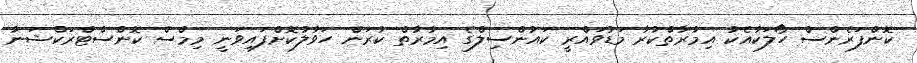
ކޮންފަރެންސް ހޯލަކާއެކު އިމާރާތްކުރާ މަޑުވައްރީ ކައުންސިލްގެ އިމާރާތް ކުރަން ހަވާލުކޮށްފައިވަނީ މިމްސް ކޮންސްޓްރަކްޝަނާ